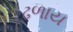
ઢળાય